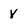
Character: V